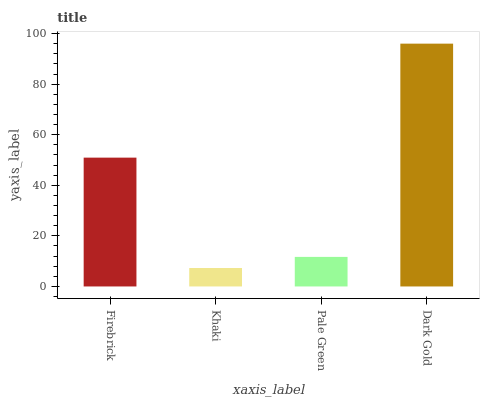
| xaxis_label | bars |
 | --- | --- |
 | Firebrick | 50.9 |
 | Khaki | 7.3 |
 | Pale Green | 11.7 |
 | Dark Gold | 96 |